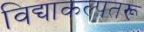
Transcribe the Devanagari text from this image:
विद्याकल्पतरू